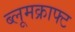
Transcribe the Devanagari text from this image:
ब्लूमक्राफ्ट